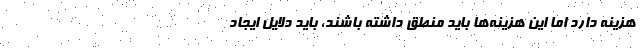
هزینه‌ دارد اما این هزینه‌ها باید منطق داشته باشند، باید دلایل ایجاد